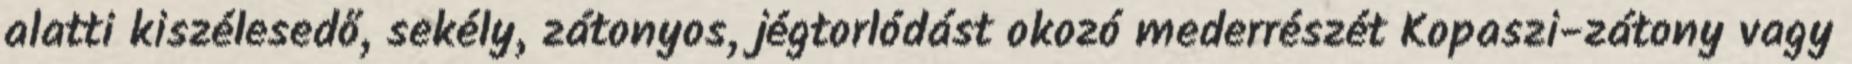
alatti kiszélesedő, sekély, zátonyos, jégtorlódást okozó mederrészét Kopaszi-zátony vagy